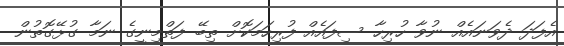
އެފަދަ ދެވަނައެއް ނުވާ ހުރިހާ ސިފައެއް ފުރިހަމަކޮށް ތިބޭ ފަތްމިނީގެ ނަމާ ގުޅޭގޮތުން